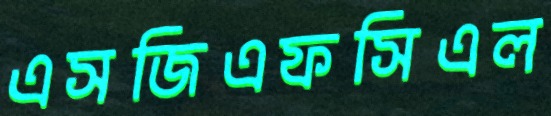
এসজিএফসিএল